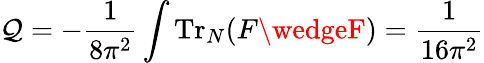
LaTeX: \mathcal{Q}=-\frac{{1}}{{8\pi^{2}}}\int\mathrm{{Tr}}_{N}(F\wedgeF)=\frac{{1}}{{16\pi^{2}}}